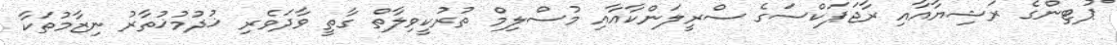
ޕުޓިންގެ ރަޝިޔާއާއި ރާޖަޕަކްސަގެ ސްރީލަންކާއާއި މުސްލިމް ތުރުކީވިލާތް ގާތީ ވާދަވެރި ޚުދުމުޚުތާރު ނިޒާމުތަކާ